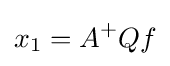
x_{1}=A^{+}Qf